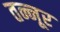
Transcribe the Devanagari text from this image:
तन्नूर